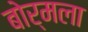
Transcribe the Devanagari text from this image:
बोर्मला